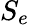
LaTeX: S_{e}